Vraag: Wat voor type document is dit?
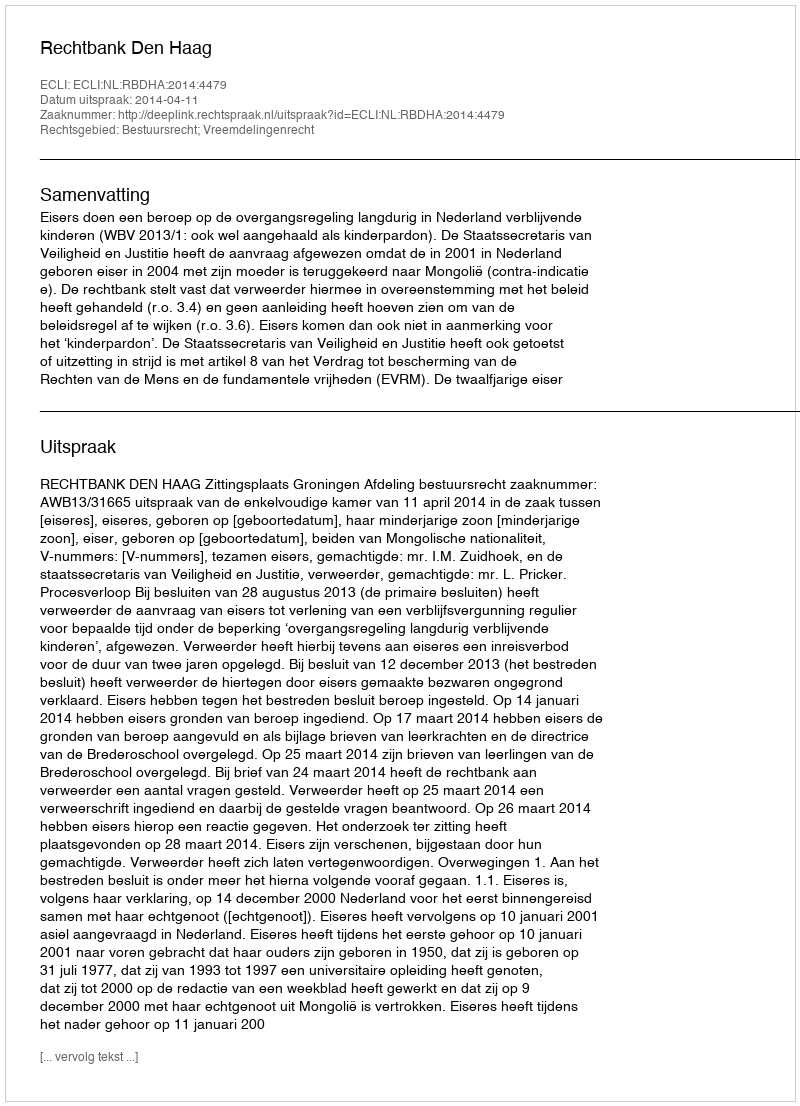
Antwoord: Uitspraak